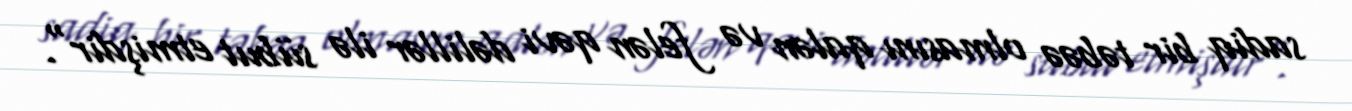
sadiq bir təbəə olmasını qalən və felən qəvi dəlillər ilə sübut etmişdir".